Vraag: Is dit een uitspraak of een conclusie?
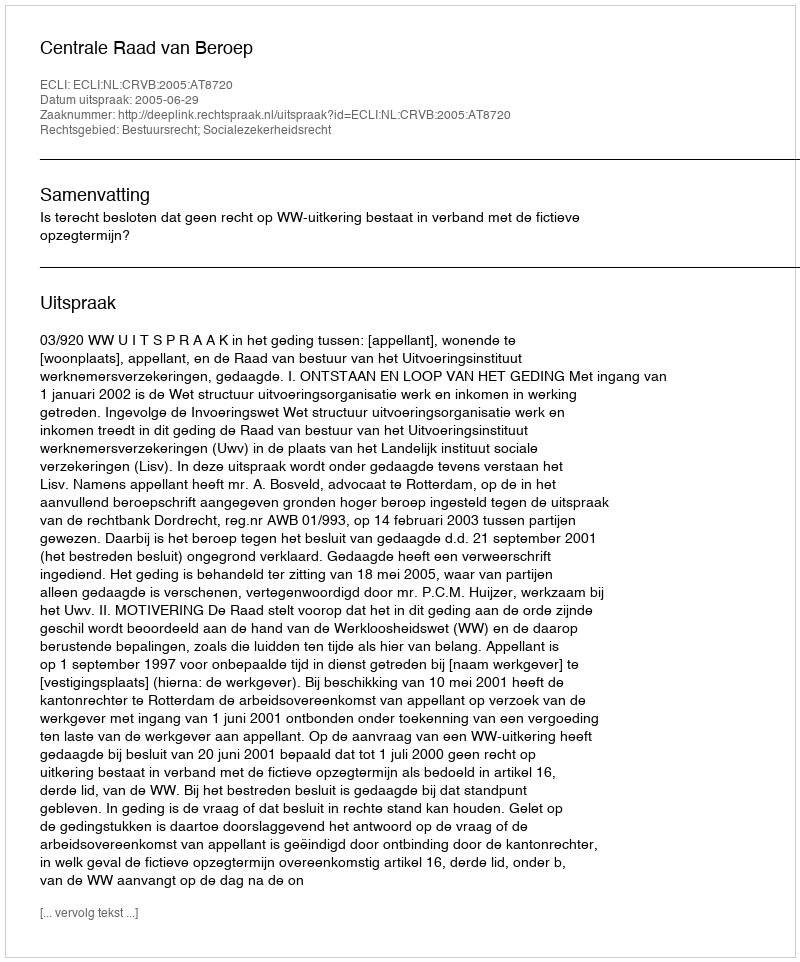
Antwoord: Uitspraak